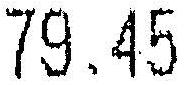
79.45